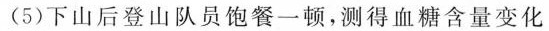
(5)下山后登山队员饱餐一顿，测得血糖含量变化